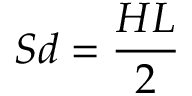
S d = \frac { H L } { 2 }